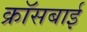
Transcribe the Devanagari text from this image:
क्रॉसबाई